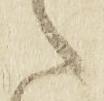
之